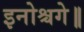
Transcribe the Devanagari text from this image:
इनोश्चगे॥